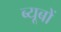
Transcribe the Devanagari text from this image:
ब्यूबों